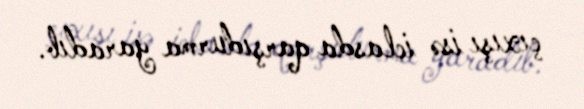
çıxışı isə iclasda qarşıdurma yaradıb.